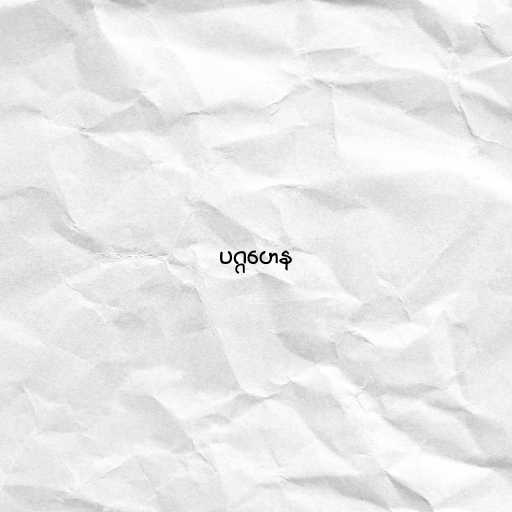
ပဂ္ဂဟေန